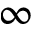
\infty